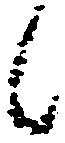
候